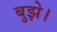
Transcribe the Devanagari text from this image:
बुझे।